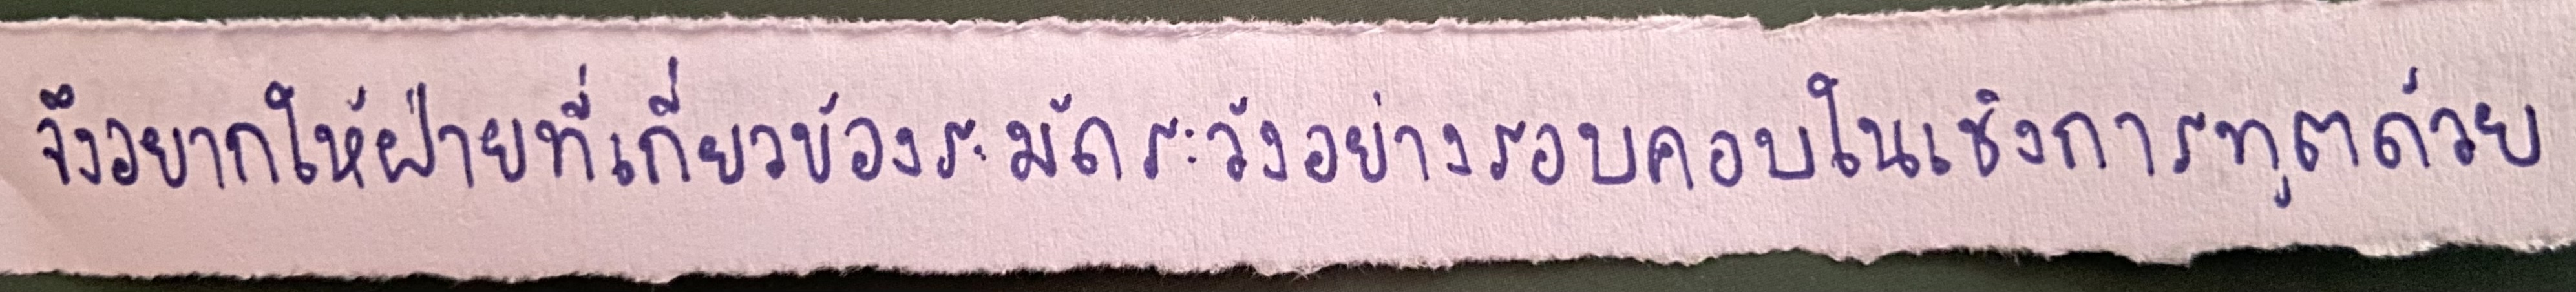
จึงอยากให้ฝ่ายที่เกี่ยวข้องระมัดระวังอย่างรอบคอบในเชิงการทูตด้วย"